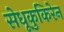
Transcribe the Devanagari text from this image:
सेधूकुकिरेन